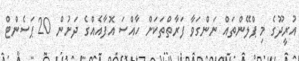
އުރީދޫގެ މި ޕްލޭންތައް ނަންގަވާ ފަރާތްތަކަށް ހާއްސަ އޮފާއެއްގެ ދަށުން 20 ޕަސެންޓް